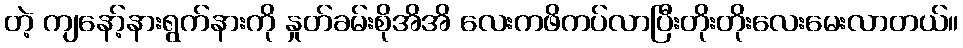
တဲ့ ကျနော့်နားရွက်နားကို နှုတ်ခမ်းစိုအိအိ လေးကဖိကပ်လာပြီးတိုးတိုးလေးမေးလာတယ်။